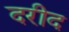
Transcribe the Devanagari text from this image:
दरीद